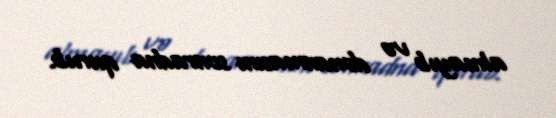
almayıb və donanmasını sonradna qurub.